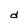
Character: d